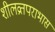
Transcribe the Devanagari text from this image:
शीलव्रतपराभास